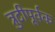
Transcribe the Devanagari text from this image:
त्रुटीपूर्वक